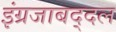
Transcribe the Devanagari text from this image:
इंग्रजाबद्दल